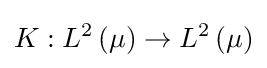
K:L^{2}\left(\mu \right)\to L^{2}\left(\mu \right)